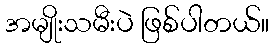
အမျိုးသမီးပဲ ဖြစ်ပါတယ်။